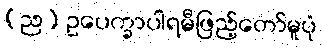
(ည) ဥပေက္ခာပါရမီဖြည့်တော်မူပုံ